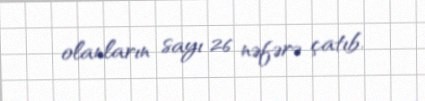
olanların sayı 26 nəfərə çatıb.